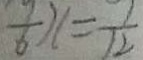
\frac { 9 } { 6 } x = \frac { 7 } { 1 2 }